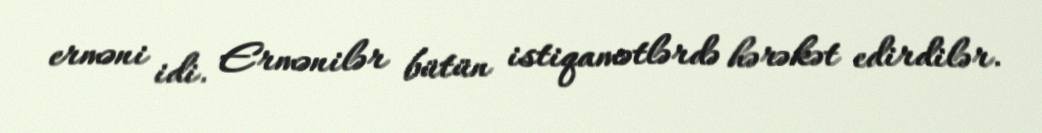
erməni idi. Ermənilər bütün istiqamətlərdə hərəkət edirdilər.